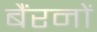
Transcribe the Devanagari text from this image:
बैंरनों